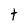
Character: t